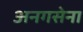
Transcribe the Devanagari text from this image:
अनगसेना